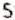
5